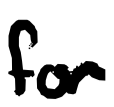
Text: for
Cross-out: clean
Writing tool: digital_black